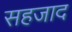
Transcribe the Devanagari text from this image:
सहजाद